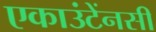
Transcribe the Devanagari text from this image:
एकाउंटेंनसी